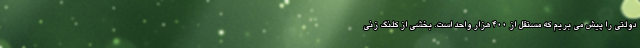
دولتی را پیش می بریم که مستقل از ۴۰۰ هزار واحد است. بخشی از کلنگ زنی